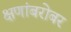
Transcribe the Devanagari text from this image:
क्षणांबरोबर